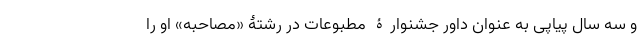
و سه سال پیاپی به عنوان داور جشنوارۀ مطبوعات در رشتۀ «مصاحبه» او را